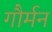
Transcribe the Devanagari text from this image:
गौर्मन